Virumaa_algkoolid, lk 6
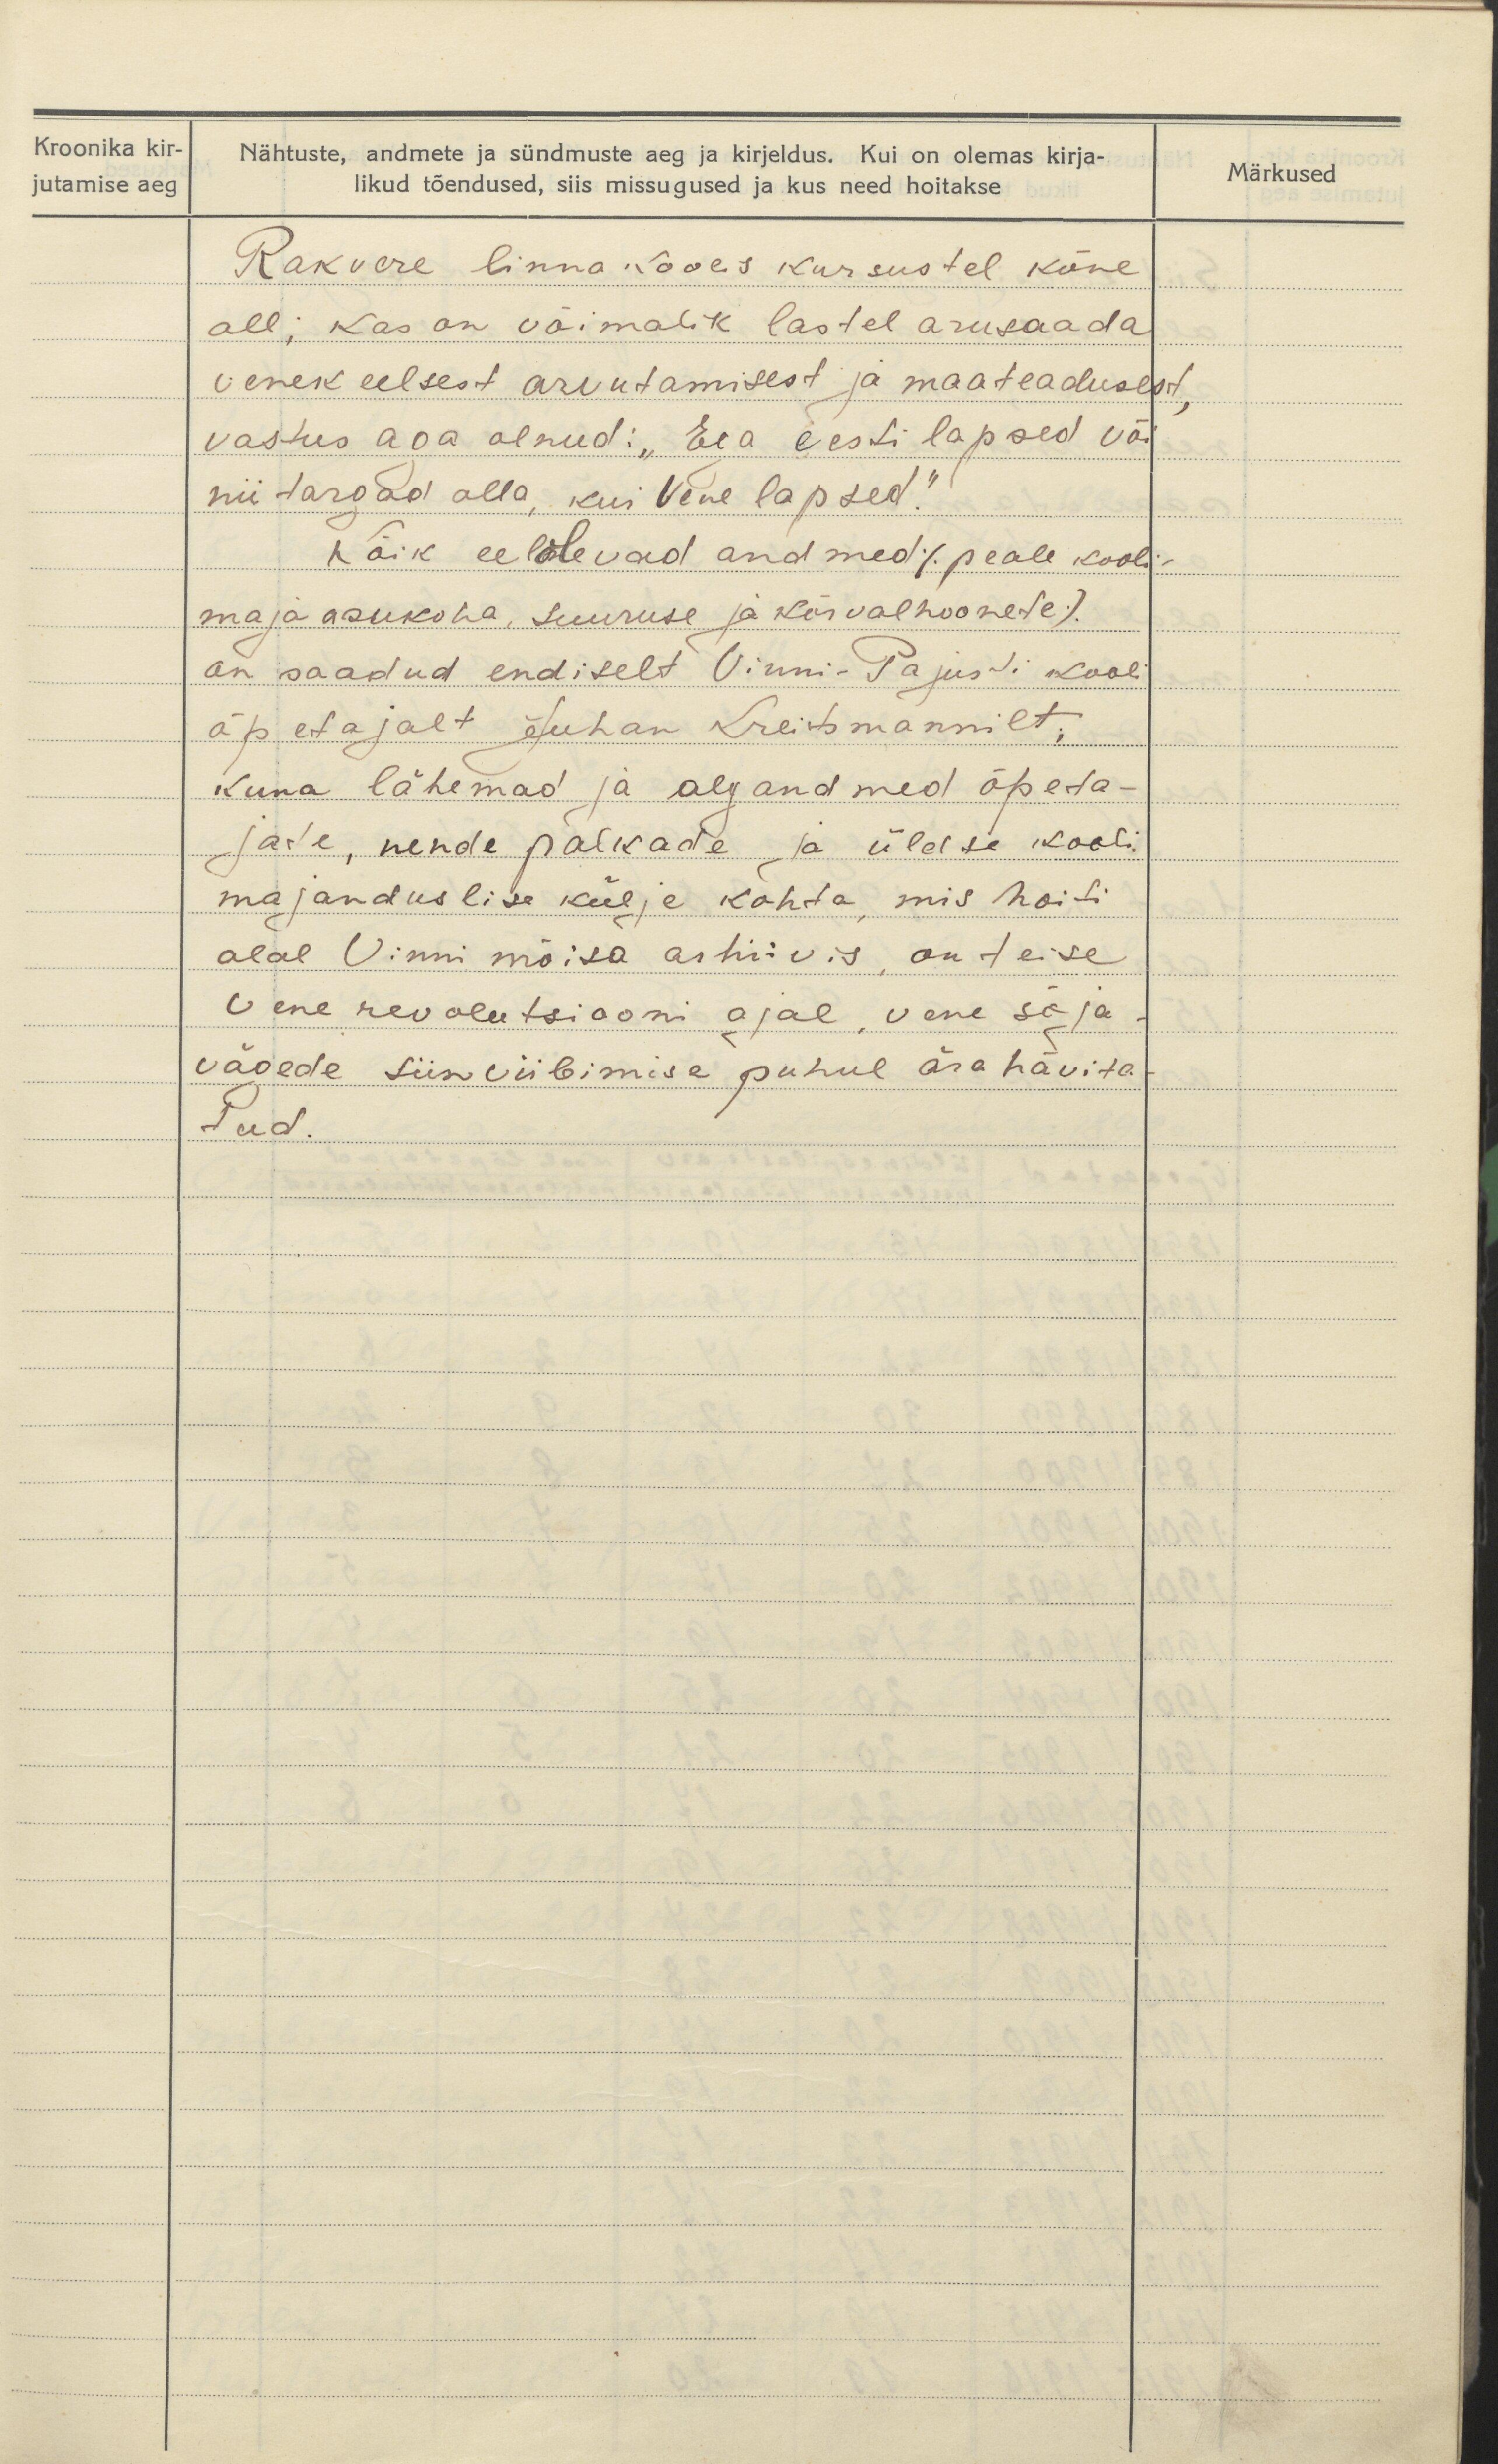
Kroonika kir-
jutamise aeg

Märkused

Nähtuste, andmete ja sündmuste aeg ja kirjeldus. Kui on olemas kirja-
likud tõendused, siis missugused ja kus need hoitakse
Rakvere linna koolis kursustel kõne
all; kas on võimalik lastel arusaada
vene keelsest arvutamisest ja maateadusest,
vastus olla olnud: "Ega eesti lapsed või
nii targad alla, kui Vene lapsed."
Kõik eelolevad andmed /peale kooli
maja asukoha, suuruse ja kõrvalhoonete/
on saadud endiselt Vinni-Pajusti kooli
õpetajalt Juhan Kreitsmannilt,
kuna lähemad ja algandmed õpeta-
jate, nende palkade ja üldese kooli
majanduslise külje kohta, mis hoiti
alal Vinni mõisa arhiivis, on teise
Vene revolutsiooni ajal, vene sõja
vägede siin viibimise puhul ära hävita-
tud.